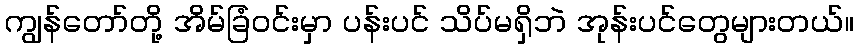
ကျွန်တော်တို့ အိမ်ခြံဝင်းမှာ ပန်းပင် သိပ်မရှိဘဲ အုန်းပင်တွေများတယ်။